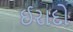
ઈરાદો